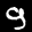
Label: 9